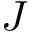
J